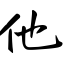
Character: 他